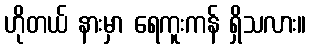
ဟိုတယ် နားမှာ ရေကူးကန် ရှိသလား။